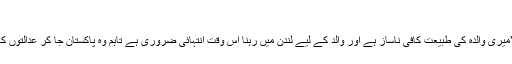
‘
ان کا کہنا تھا کہ ’میری والدہ کی طبیعت کافی ناساز ہے اور والد کے لیے لندن میں رہنا اس وقت انتہائی ضروری ہے تاہم وہ پاکستان جا کر عدالتوں کا سامنا کریں گے۔